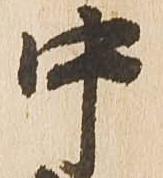
中